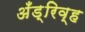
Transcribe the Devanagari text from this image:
अँड्रिव्ह